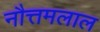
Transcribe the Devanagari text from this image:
नौत्तमलाल